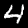
Label: 4